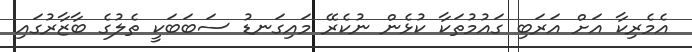
އެމެރިކާ އަށް އަރަބި ގައުމުތަކާ ކުޅެން ނުކެރޭ މައިގަނޑު ސަބަބަކީ ތެލުގެ ބާޒާރުގައި